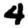
Digit: 4